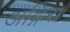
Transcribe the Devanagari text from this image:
अङ्गिरा